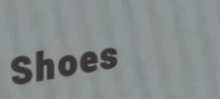
Shoes